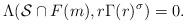
LaTeX: \begin{align*}\Lambda(\mathcal{S}\cap F(m), r\Gamma(r)^{\sigma })=0.\end{align*}